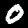
Label: 0